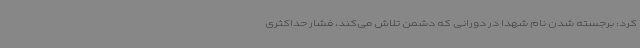
کرد: برجسته شدن نام شهدا در دورانی که دشمن تلاش می‌کند، فشار حداکثری